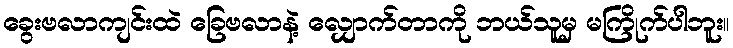
ခွေးဗလာကျင်းထဲ ခြေဗလာနဲ့ လျှောက်တာကို ဘယ်သူမှ မကြိုက်ပါဘူး။